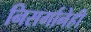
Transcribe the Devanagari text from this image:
निसर्गानेही